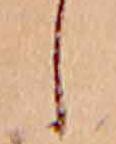
し